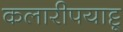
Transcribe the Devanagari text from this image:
कलारीपयाट्टू